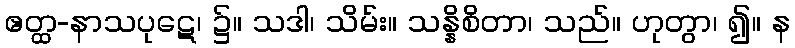
ဧတ္ထ-နာသပုဋေ၊ ၌။ သဒါ၊ သိမ်း။ သန္နိစိတာ၊ သည်။ ဟုတွာ၊ ၍။ န